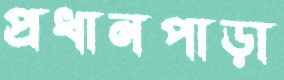
প্রধানপাড়া